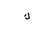
Letter: _kaf